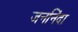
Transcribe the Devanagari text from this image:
जननिंदा